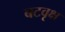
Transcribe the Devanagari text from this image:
बटवृक्ष